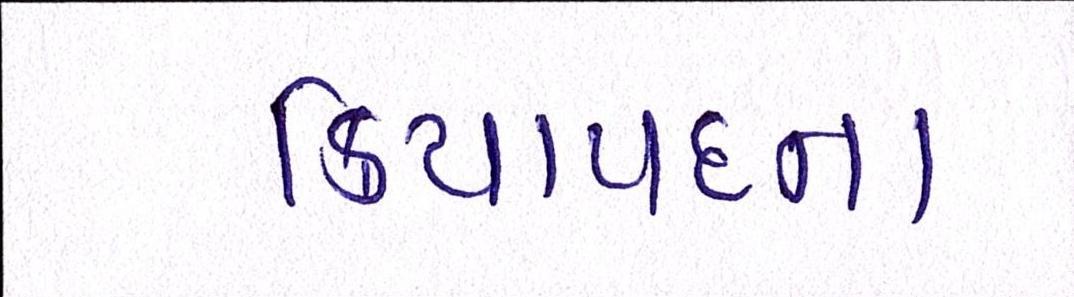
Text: ક્રિયાપદના